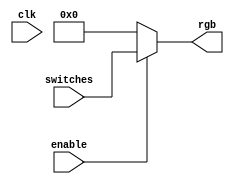
`timescale 1ns / 1ps
//////////////////////////////////////////////////////////////////////////////////
// Company: 
// Engineer: 
// 
// Design Name: 
// Module Name: renderer_switch_debugger
// Project Name: 
// Target Devices: 
// Tool Versions: 
// Description: 
// 
// Dependencies: 
// 
// Revision:
// Revision 0.01 - File Created
// Additional Comments:
// 
//////////////////////////////////////////////////////////////////////////////////


module renderer_switch_debugger(
    input clk,
    input [11:0] switches,
    output [11:0] rgb,
    input enable
);

    assign rgb = enable ? switches : 12'h0;

endmodule